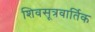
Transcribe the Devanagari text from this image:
शिवसूत्रवार्तिक